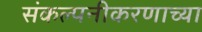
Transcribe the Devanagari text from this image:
संकल्पनीकरणाच्या